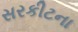
સરકીટના